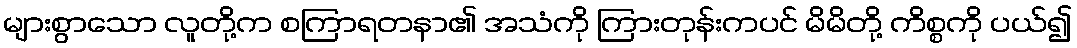
များစွာသော လူတို့က စကြာရတနာ၏ အသံကို ကြားတုန်းကပင် မိမိတို့ ကိစ္စကို ပယ်၍